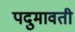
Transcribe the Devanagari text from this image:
पदुमावती